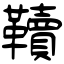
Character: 韇